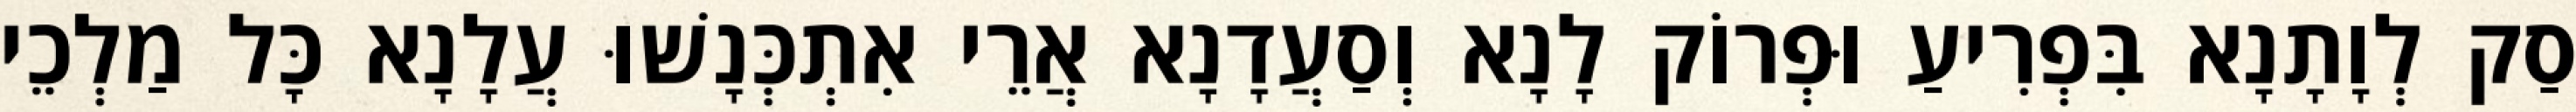
סַק לְוָתָנָא בִּפְרִיעַ וּפְרוֹק לָנָא וְסַעֲדָנָא אֲרֵי אִתְכְּנָשׁוּ עֲלָנָא כָּל מַלְכֵי